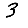
Digit: 3